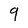
Character: q